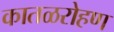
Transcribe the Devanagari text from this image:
कातळरोहण